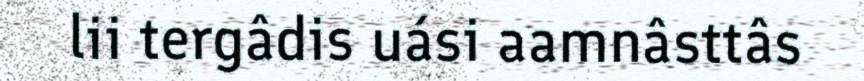
lii tergâdis uási aamnâsttâs